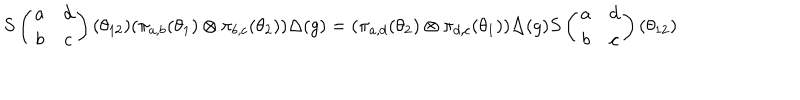
S \left( \begin{array} { c c } { { a } } & { { d } } \\ { { b } } & { { c } } \\ \end{array} \right) ( \theta _ { 1 2 } ) ( \pi _ { a , b } ( \theta _ { 1 } ) \otimes \pi _ { b , c } ( \theta _ { 2 } ) ) \Delta ( g ) = ( \pi _ { a , d } ( \theta _ { 2 } ) \otimes \pi _ { d , c } ( \theta _ { 1 } ) ) \Delta ( g ) S \left( \begin{array} { c c } { { a } } & { { d } } \\ { { b } } & { { c } } \\ \end{array} \right) ( \theta _ { 1 2 } )